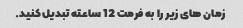
زمان های زیر را به فرمت 12 ساعته تبدیل کنید.